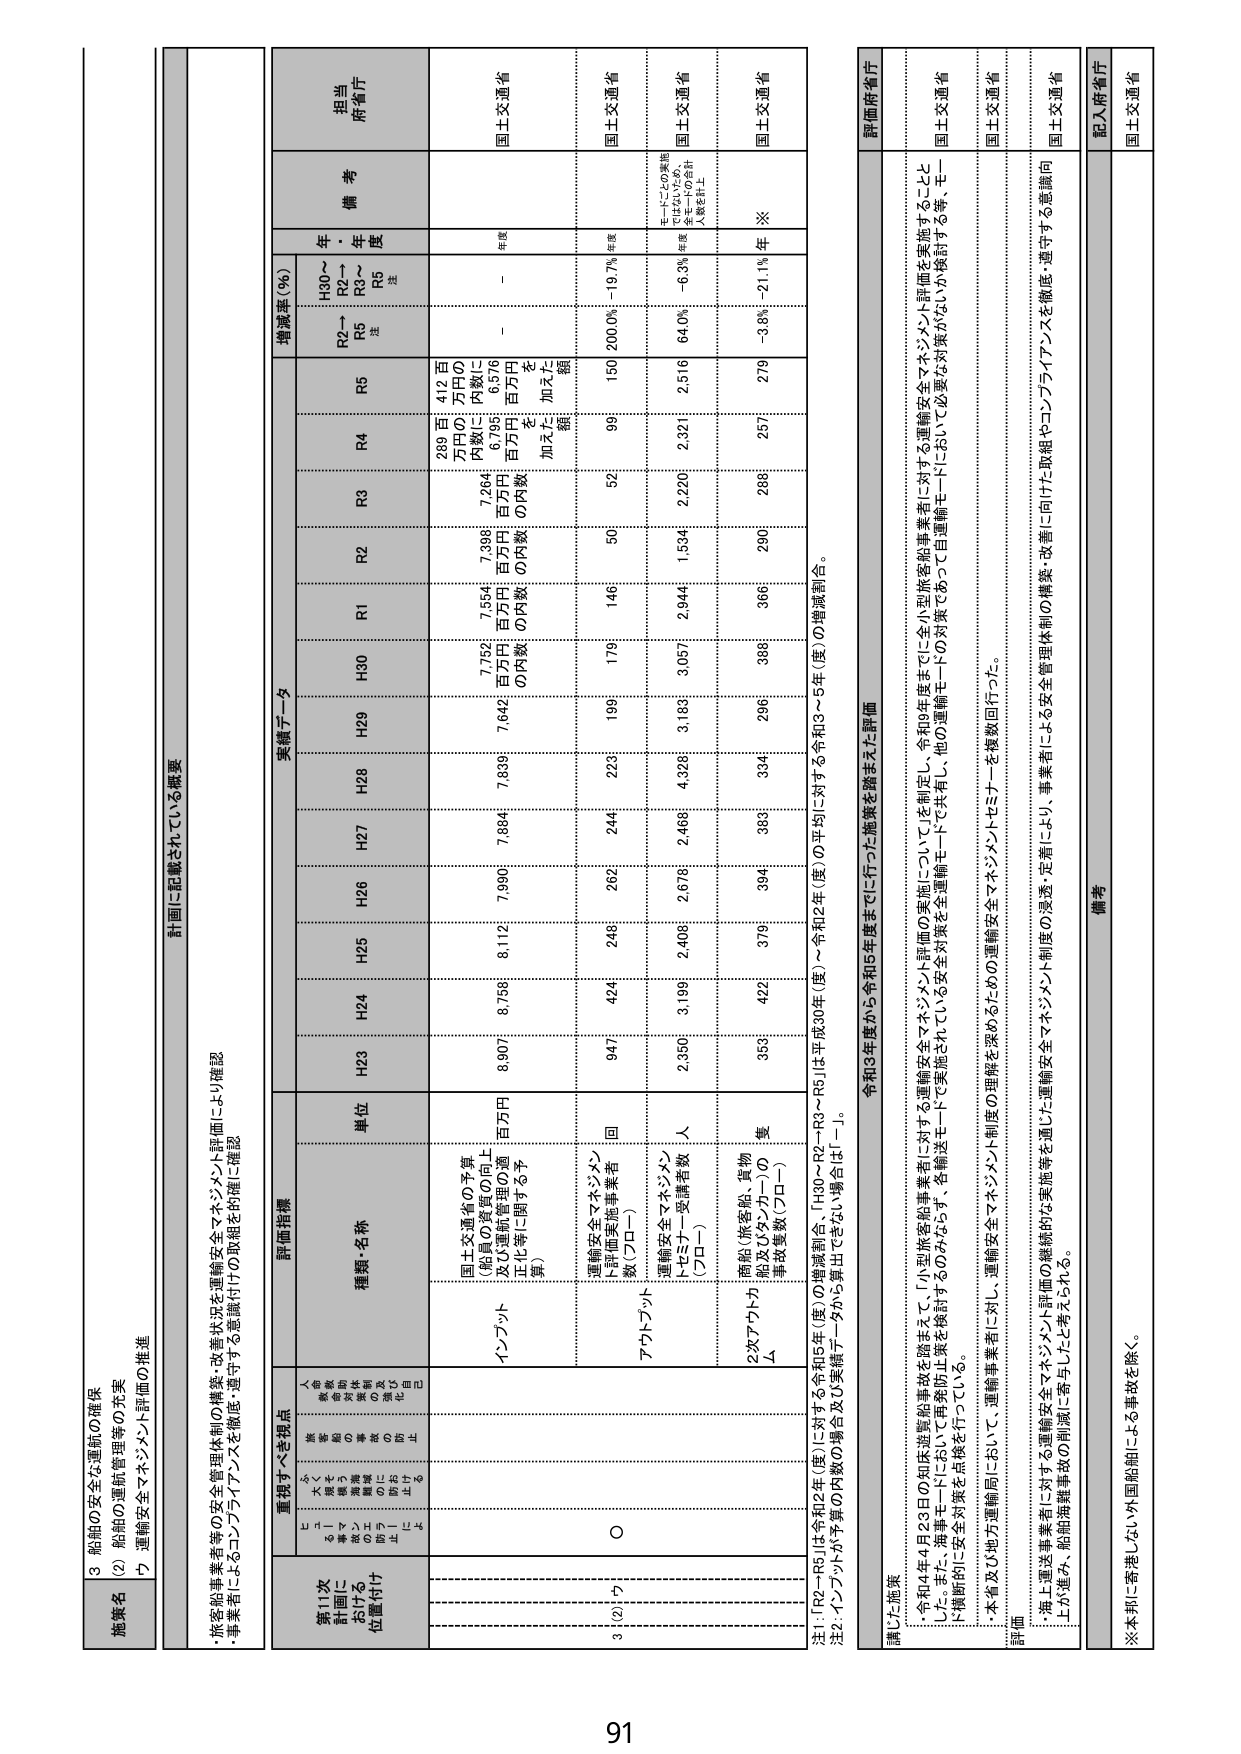
3 船舶の安全な運航の確保
(2) 船舶の運航管理等の充実
ウ 運輸安全マネジメント評価の推進

計画に記載されている概要
・旅客船事業者等の安全管理体制の構築・改善状況を運輸安全マネジメント評価により確認
・事業者によるコンプライアンスを徹底・遵守する意識付けの取組を確実に確認

第11次
計画における
位置付け

重視すべき視点
（安全確保を第一義とする運航管理の徹底、事故防止のための自主的取り組み）

評価指標

実績データ

増減率（％）

備考

担当
所管庁

H30～
R2～
R3～
R5
注

R5
注

R4

R3

R2

R1

H30

H29

H28

H27

H26

H25

H24

H23

単位

種類・名称

インプット
国土交通省の予算
（船員の資質の向上
及び運航管理の適正化等に関する予算）

8,907
8,756
8,112
7,990
7,884
7,839
7,642
7,752
7,554
7,398
7,264
67,86
412
百万円
百万円
百万円
百万円
百万円
百万円
百万円
百万円
百万円
百万円
百万円
百万円
円数に
加えた額

－
－
年数

国土交通省

アウトプット
運輸安全マネジメント評価実施事業者数（プロー）

947
424
248
262
244
223
199
179
146
50
52
150
200.0%
－19.7%
年数

国土交通省

運輸安全マネジメント評価受講者数（プロー）

2,350
3,199
2,408
2,676
2,468
4,326
3,183
3,057
2,944
1,534
2,220
2,321
2,516
64.0%
－6.3%
年数

国土交通省

2次アウトプット
施設（旅客船、貨物船及びタンカーの事故件数（プロー）

353
422
379
394
383
334
296
368
366
200
286
257
279
－3.8%
－21.1%
年
※

国土交通省

注1：[R2～R5]は令和2年（度）に対する令和5年（度）の増減割合、[H30～R2～R5]は平成30年（度）～令和2年（度）の平均に対する令和3～5年（度）の増減割合。
注2：インプットが予算の内数の場合及び実績データから算出できない場合は「－」。

講じた施策
・令和4年4月23日の知床遊覧船事故を踏まえて、「小型旅客船事業者に対する運輸安全マネジメント評価の実施について」を制定し、令和5年度までに全小型旅客船事業者に対する運輸安全マネジメント評価を実施することとしました。海事モードにおいて再発防止策を検討するのみならず、各輸送モードで実施されている安全対策を運輸モードで共有し、他の運輸モードの対策でかつ自運輸モードに活かし、必要な対策がより吸収する等、モード横断的に安全対策を点検を行っている。
・本省及び地方運輸局において、運輸事業者に対し、運輸安全マネジメント制度の理解を深めるための運輸安全マネジメントセミナーを複数回行った。

評価
・海上運送事業者に対する運輸安全マネジメント評価の継続的な実施等を通じた運輸安全マネジメント制度の浸透・定着により、事業者による安全管理体制の構築・改善に向けた取組やコンプライアンスを徹底・遵守する意識向上が進み、船舶海難事故の削減に寄与したと考えられる。

備考
※本邦に寄港しない外国船舶による事故を除く。

評価所管庁
国土交通省
国土交通省
国土交通省
国土交通省
記入府省庁
国土交通省

91